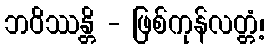
ဘဝိဿန္တိ - ဖြစ်ကုန်လတ္တံ့၊